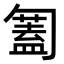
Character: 𠤅